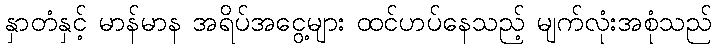
နှာတံနှင့် မာန်မာန အရိပ်အငွေ့များ ထင်ဟပ်နေသည့် မျက်လုံးအစုံသည်